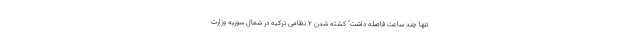
تنها چند ساعت فاصله داشت" کشته شدن 2 نظامی ترکیه در شمال سوریه وزارت